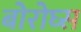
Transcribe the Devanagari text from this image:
बोरोघ्स